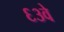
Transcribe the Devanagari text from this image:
६३वे